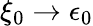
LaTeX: \xi_{0}\rightarrow\epsilon_{0}